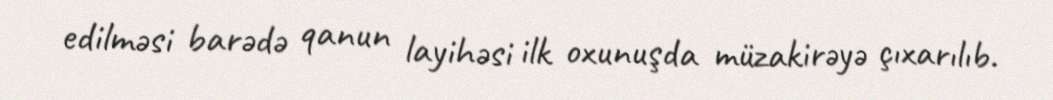
edilməsi barədə qanun layihəsi ilk oxunuşda müzakirəyə çıxarılıb.